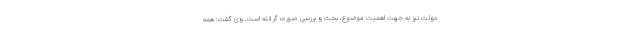
دولت نیز به جهت اهمیت موضوع، بحث و بررسی صورت گرفته است. وی گفت: همه